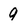
Character: 9